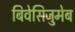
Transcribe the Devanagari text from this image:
बिवेसिजुमेब